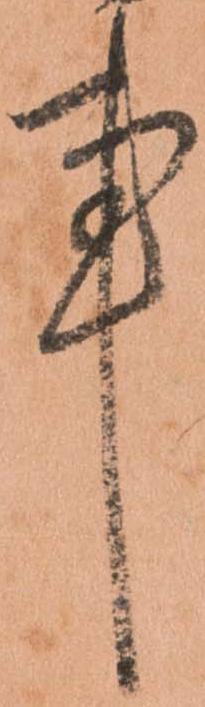
事